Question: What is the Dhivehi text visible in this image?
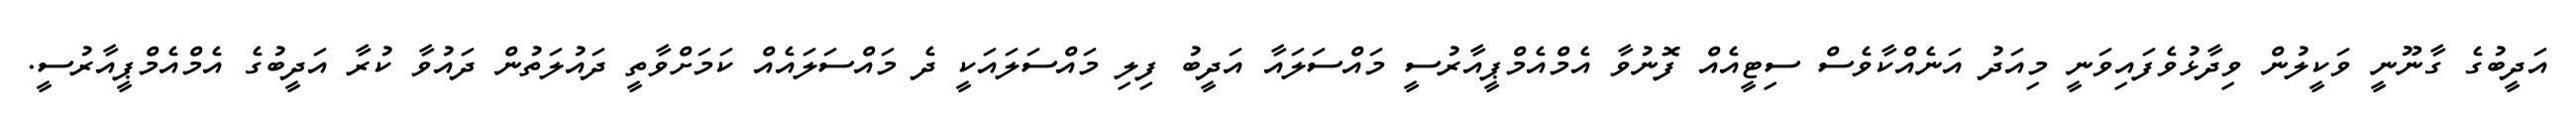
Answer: އަދީބުގެ ގާނޫނީ ވަކީލުން ވިދާޅުވެފައިވަނީ މިއަދު އަނެއްކާވެސް ސިޓީއެއް ފޮނުވާ އެމްއެމްޕީއާރުސީ މައްސަލައާ އަދީބު ފިލި މައްސަލައަކީ ދެ މައްސަލައެއް ކަމަށްވާތީ ދައުލަތުން ދައުވާ ކުރާ އަދީބުގެ އެމްއެމްޕީއާރުސީ.